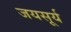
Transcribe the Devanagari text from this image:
जयसूर्य